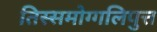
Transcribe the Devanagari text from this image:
तिस्समोग्गलिपुत्त